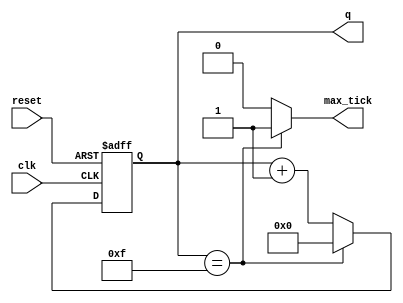
module mod_m_counter
  #(
    parameter N=4,  // number of bits in counter
              M=10  // mod-M
    )
   (
    input wire          clk,
    input wire          reset,
    output wire [N-1:0] q,
    output reg          max_tick
    );

   // signal declaration
   reg [N-1:0]          r_reg;  // this is the counter
   reg [N-1:0]         r_next; // output of next state logic

   // body
   always @(posedge clk, posedge reset) begin
      if (reset) begin
         r_reg <= 0;
      end
      else begin
         r_reg <= r_next;
      end
   end

   // next state logic
   always @* begin
      if (r_reg == 4'b1111) begin
         r_next = 4'b0000;
      end
      else begin
         r_next = r_reg + 1;
      end
   end

   // output logic
   assign q = r_reg;
   always @* begin
      if (q == 4'b1111) begin
         max_tick = 1'b1;
      end
      else begin
         max_tick = 1'b0;
      end
   end

endmodule // mod_m_counter